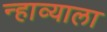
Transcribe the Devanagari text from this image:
न्हाव्याला